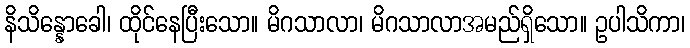
နိသိန္နောခေါ၊ ထိုင်နေပြီးသော။ မိဂသာလာ၊ မိဂသာလာအမည်ရှိသော။ ဥပါသိကာ၊